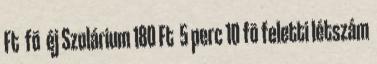
Ft fõ éj Szolárium 180 Ft 5 perc 10 fõ feletti létszám